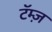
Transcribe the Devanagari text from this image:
टॅम्ज़